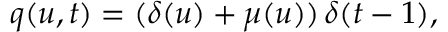
q ( u , t ) = ( \delta ( u ) + \mu ( u ) ) \, \delta ( t - 1 ) ,